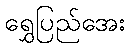
ရွှေပြည်အေး